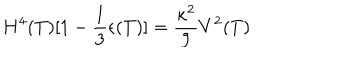
H ^ { 4 } ( T ) [ 1 - \frac { 1 } { 3 } \epsilon ( T ) ] = \frac { \kappa ^ { 2 } } { 9 } V ^ { 2 } ( T )